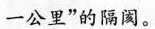
一公里”的隔阂。